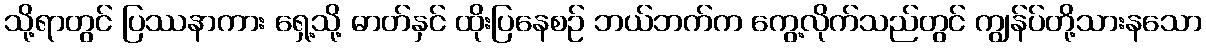
သို့ရာတွင် ပြဿနာကား ရှေ့သို့ ဓာတ်နှင် ထိုးပြနေစဉ် ဘယ်ဘက်က ကွေ့လိုက်သည်တွင် ကျွန်ပ်တို့သားနသော